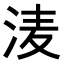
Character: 𭰗